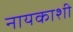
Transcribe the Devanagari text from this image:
नायकाशी